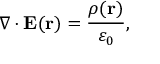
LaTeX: \nabla \cdot \mathbf { E } ( \mathbf { r } ) = { \frac { \rho ( \mathbf { r } ) } { \varepsilon _ { 0 } } } ,